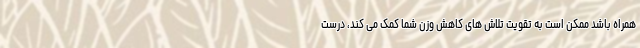
همراه باشد ممکن است به تقویت تلاش های کاهش وزن شما کمک می کند، درست